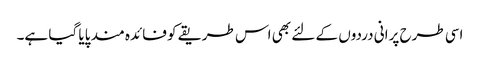
اسی طرح پرانی دردوں کے لئے بھی اس طریقے کو فائدہ مند پایا گیا ہے۔